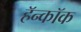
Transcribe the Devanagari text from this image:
हॅन्कॉक